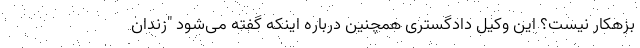
بزهکار نیست؟ این وکیل دادگستری همچنین درباره اینکه گفته می‌شود "زندان